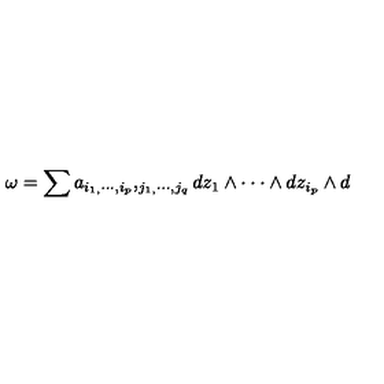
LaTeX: \omega = \sum _ { { } } a _ { i _ { 1 , } \cdot \cdot \cdot , i _ { p } } , _ { j _ { 1 , } \cdot \cdot \cdot , j _ { q } } d z _ { 1 } \wedge \cdot \cdot \cdot \wedge d z _ { i _ { p } } \wedge d